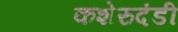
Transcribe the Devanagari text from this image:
कशेरुदंडी